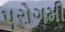
પૂરોગમી